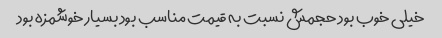
خیلی خوب بود حجمش نسبت به قیمت مناسب بود بسیار خوشمزه بود